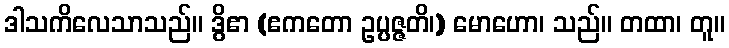
ဒါသကိလေသာသည်။ ဒွိဧာ (ဧကတော ဥပ္ပဇ္ဇတိ၊) မောဟော၊ သည်။ တထာ၊ တူ။